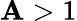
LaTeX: \mathbf{A}>1